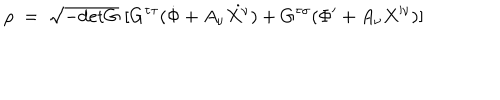
LaTeX: \rho \; = \; \sqrt { - \mathrm { d e t } G } \; [ G ^ { \tau \tau } ( \dot { \Phi } + A _ { \nu } \dot { X ^ { \nu } } ) + G ^ { \tau \sigma } ( \Phi ^ { \prime } + A _ { \nu } X ^ { \prime \nu } ) ]